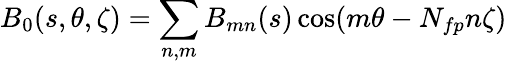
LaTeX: {B_{0}}(s,\theta,\zeta)=\sum_{n,m}B_{mn}(s)\cos(m\theta-N_{fp}n\zeta)